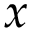
x